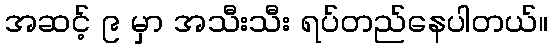
အဆင့် ၉ မှာ အသီးသီး ရပ်တည်နေပါတယ်။